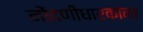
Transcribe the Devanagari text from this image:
नोंदणीधारकांना